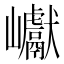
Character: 巘